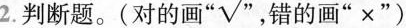
2.判断题。(对的画”√”，错的画”×”)